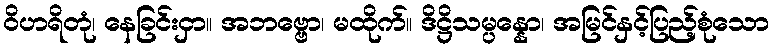
ဝိဟရိတုံ၊ နေခြင်းငှာ။ အဘဗ္ဗော၊ မထိုက်။ ဒိဋ္ဌိသမ္ပန္နော၊ အမြင်နှင့်ပြည့်စုံသော